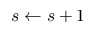
s \gets s + 1